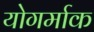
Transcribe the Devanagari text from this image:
योगर्माक